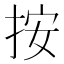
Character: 按